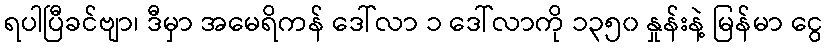
ရပါပြီခင်ဗျာ၊ ဒီမှာ အမေရိကန် ဒေါ်လာ ၁ ဒေါ်လာကို ၁၃၅၀ နှုန်းနဲ့ မြန်မာ ငွေ